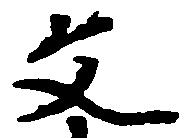
文